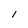
Character: I